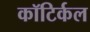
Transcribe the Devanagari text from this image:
कॉटिर्कल